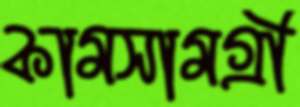
কামসামগ্রী